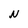
Character: N